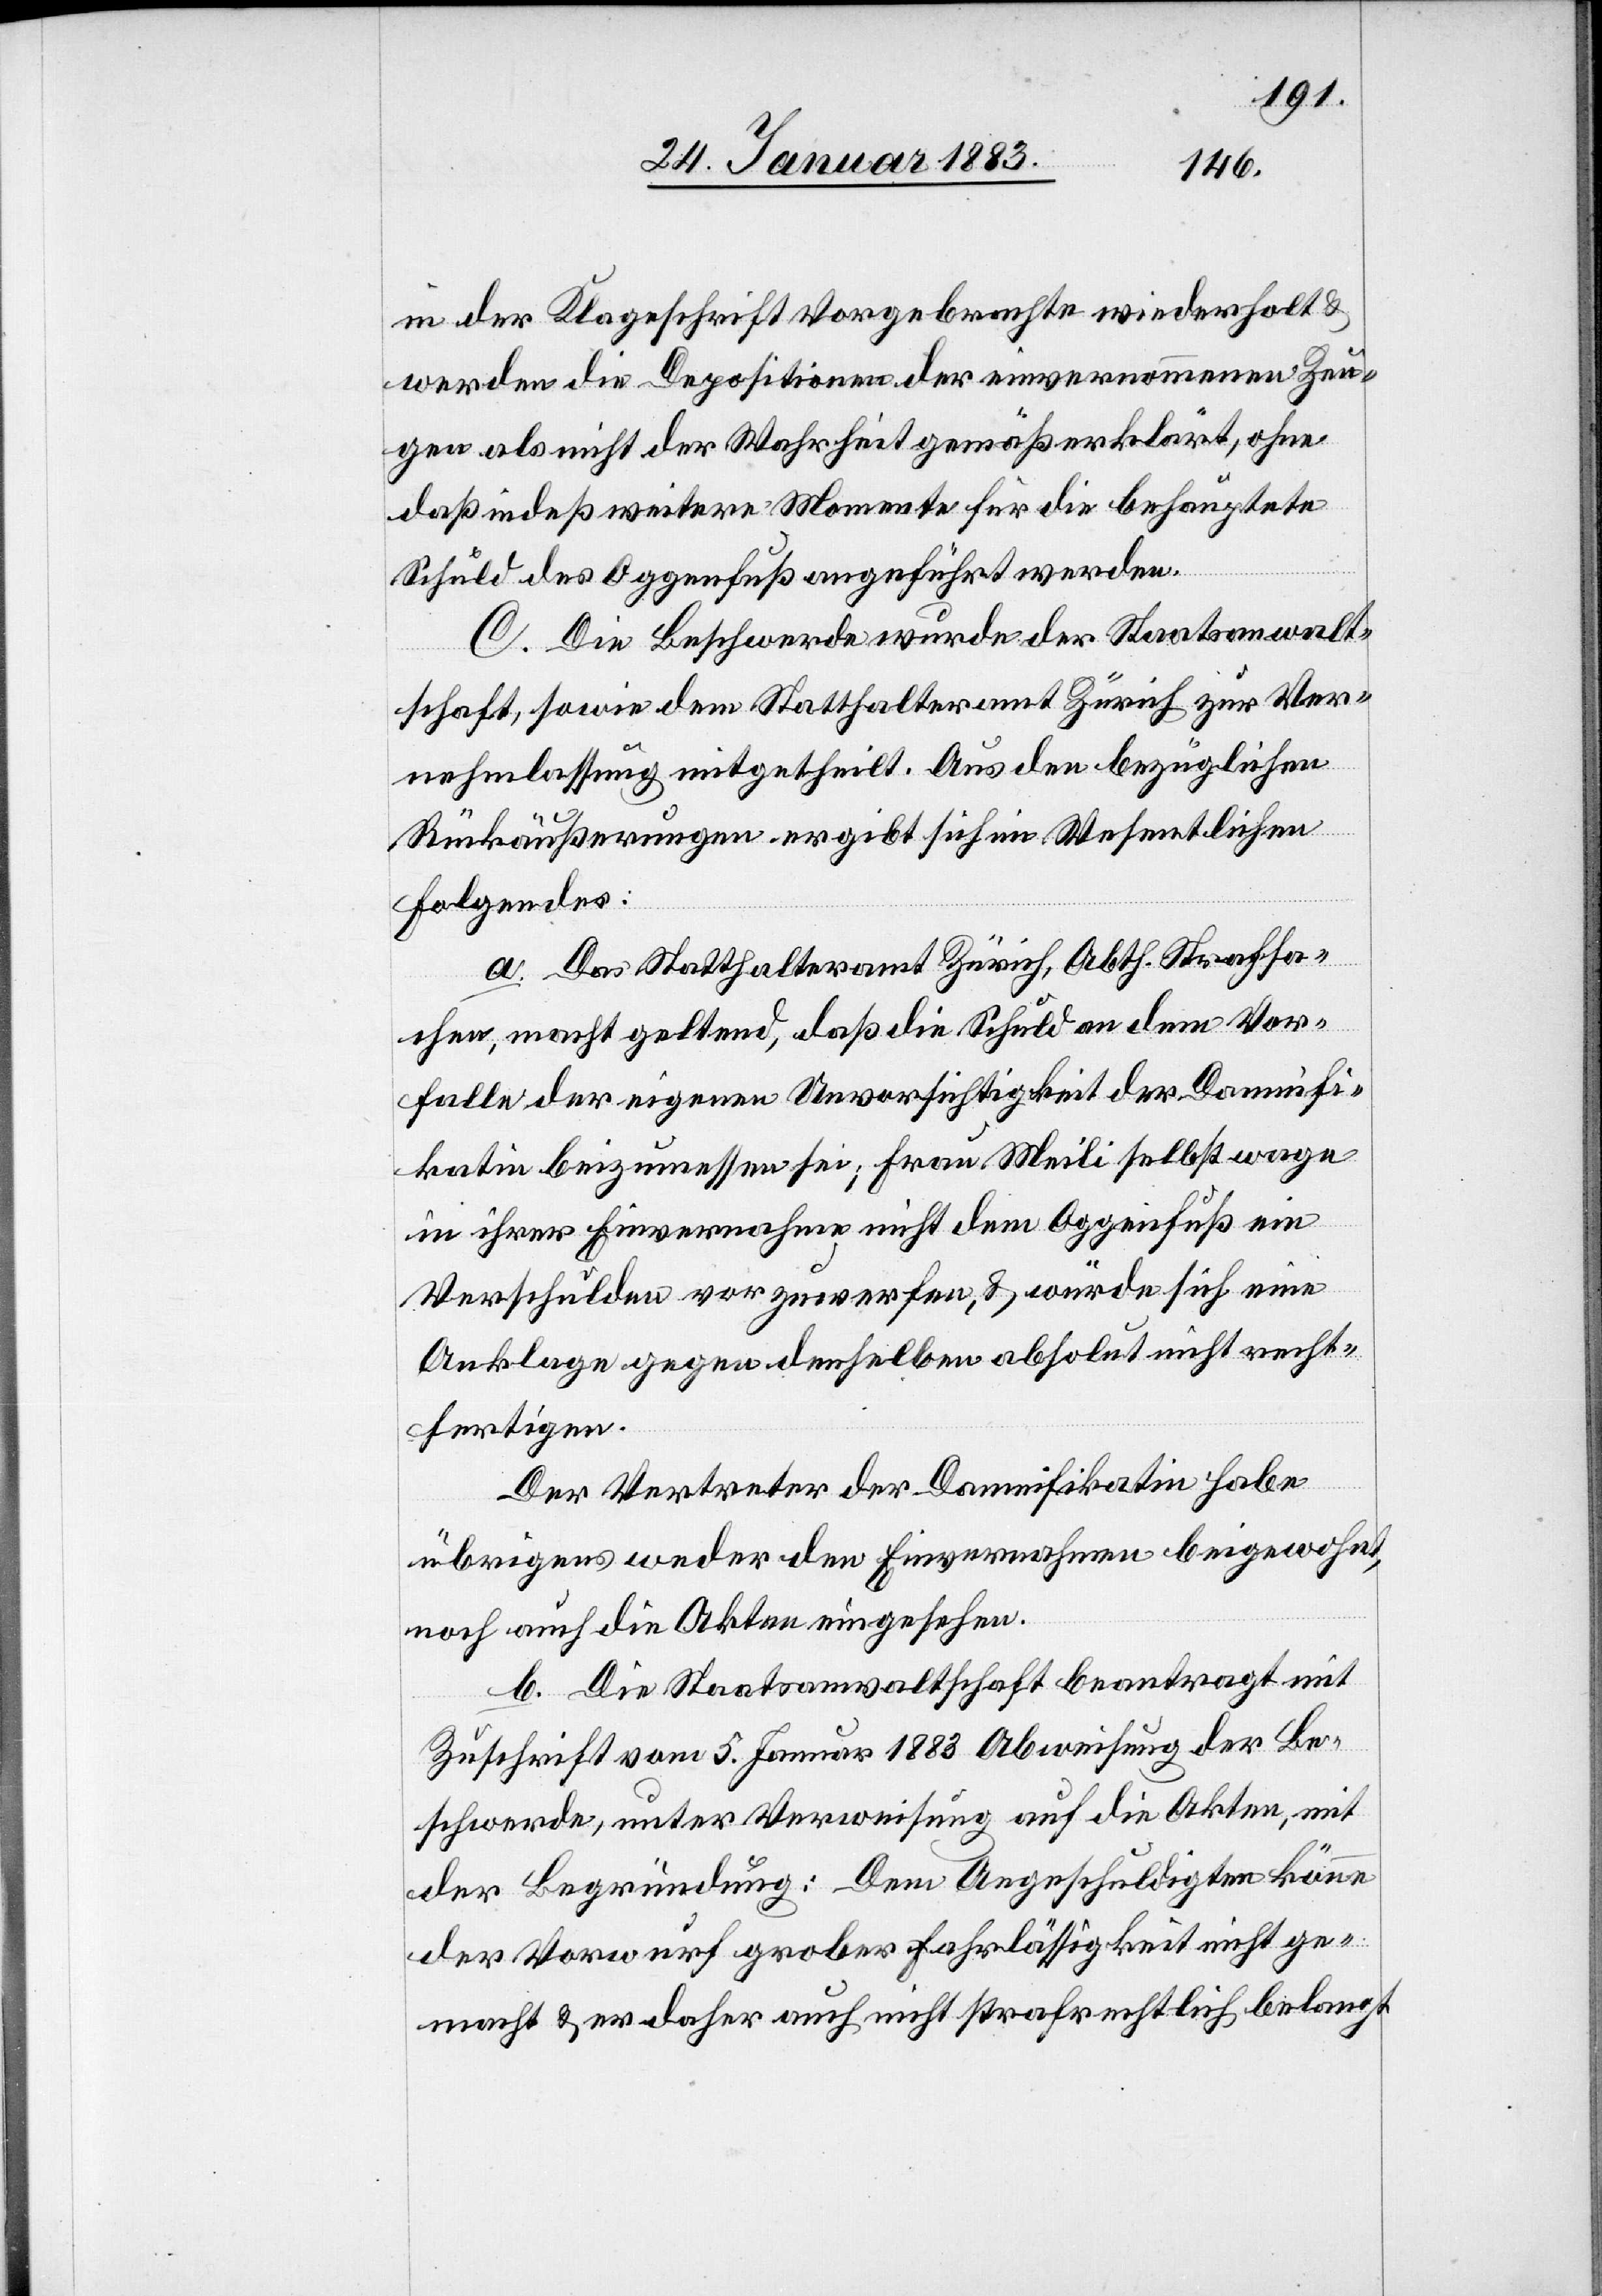
in der Klageschrift Vorgebrachte wiederholt &
werden die Depositionen der einvernommenen Zeu¬
gen als nicht der Wahrheit gemäß erklärt, ohne
daß indeß weitere Momente für die behauptete
Schuld des Oggenfuß angeführt werden.
C. Die Beschwerde wurde der Staatsanwalt¬
schaft, sowie dem Statthalteramt Zürich zur Ver¬
nehmlassung mitgetheilt. Aus den bezüglichen
Rückäußerungen ergibt sich im Wesentlichen
Folgendes:
a. Das Statthalteramt Zürich, Abth. Strafsa¬
chen, macht geltend, daß die Schuld an dem Vor¬
falle der eigenen Unvorsichtigkeit der Damnifi¬
katin beizumessen sei; Frau Meili selbst wage
in ihrer Einvernahme nicht dem Oggenfuß ein
Verschulden vorzuwerfen, & würde sich eine
Anklage gegen denselben absolut nicht recht¬
fertigen.
Der Vertreter der Damnifikatin habe
übrigens weder den Einvernahmen beigewohnt,
noch auch die Akten eingesehen.
b. Die Staatsanwaltschaft beantragt mit
Zuschrift vom 5. Januar 1883 Abweisung der Be¬
schwerde, unter Verweisung auf die Akten, mit
der Begründung: Dem Angeschuldigten könne
der Vorwurf grober Fahrlässigkeit nicht ge¬
macht & er daher auch nicht strafrechtlich belangt